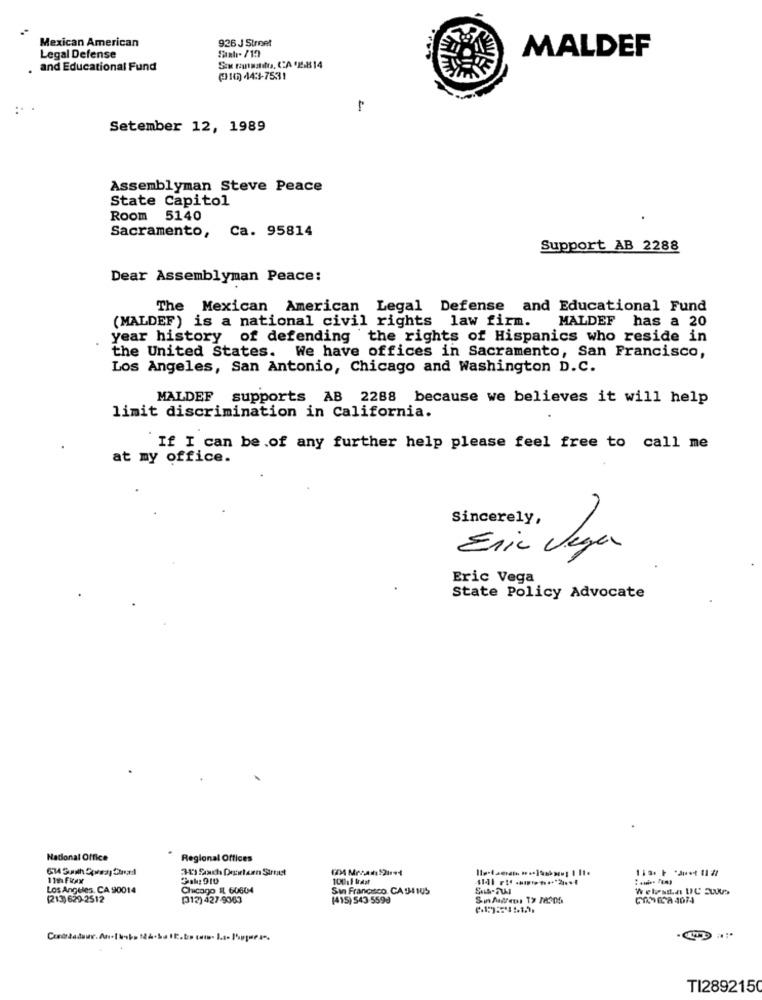
Mexican American
926 J Street
MALDEF
Legal Defense
and Educational Fund
(10) 443-7531
Setember 12, 1989
Assemblyman Steve Peace
State Capitol
Room 5140
Sacramento, Ca. 95814
Support AB 2288
Dear Assemblyman Peace:
The Mexican American Legal Defense and Educational Fund
(MALDEF) is a national civil rights law firm.
MALDEF has a 20
year history of defending the rights of Hispanics who reside in
the United States. We have offices in Sacramento, San Francisco,
Los Angeles, San Antonio, Chicago and Washington D.C.
MALDEF supports AB 2288 because we believes it will help
limit discrimination in California.
If I can be.of any further help please feel free to call me
at my office.
Sincerely,
Eric Vega
Eric Vega
State Policy Advocate
National Office
Regional Offices
313 Sich Deextern Struet
11th Fitax
Sah: 910
Los Angeles, CA 90014
Chicago IL 60604
San Francisco. CASH4 105
Welsta IC SLUUs
(213) 629-2512
[312) 427-9363
(415) $43 5598
CASE-A 4074
TI2892150